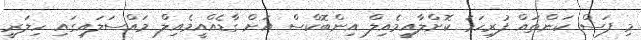
މި ފަސް ކަންތައް ފުރިހަމަ ކޮށްލާއީމެއިލް އިންބޮކްސް އަށް ގާޑެއްއީމެއިލް މައްސަލައިގައި ހިލަރީ